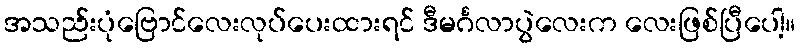
အသည်းပုံဗြောင်လေးလုပ်ပေးထားရင် ဒီမင်္ဂလာပွဲလေးက လေးဖြစ်ပြီပေါ့။